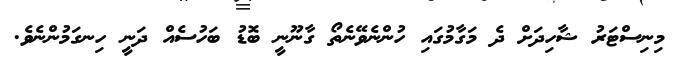
މިނިސްޓަރު ޝާހިދަށް ދެ މަގާމުގައި ހުންނެވޭނެތޯ ގާނޫނީ ބޮޑު ބަހުސެއް ދަނީ ހިނގަމުންނެވެ.